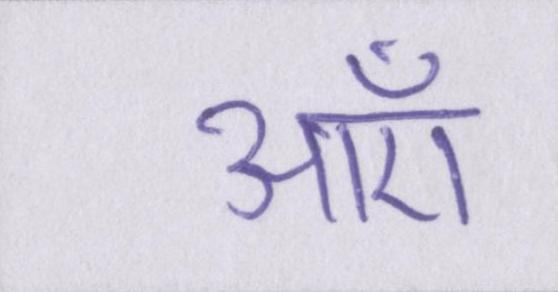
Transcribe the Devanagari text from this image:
आएँ